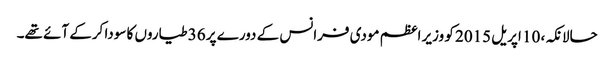
حالانکہ، 10 اپریل 2015 کو وزیر اعظم مودی فرانس کے دورے پر 36 طیاروں کا سودا کرکے آئے تھے۔